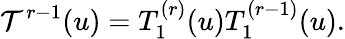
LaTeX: {\cal T}^{r-1}(u)=T_{1}^{(r)}(u)T_{1}^{(r-1)}(u).